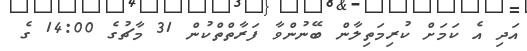
އަދި އެ ކަމަށް ކުރިމަތިލާން ބޭނުންވާ ފަރާތްތްކުން 31 މާޗުގެ 14:00 ގެ